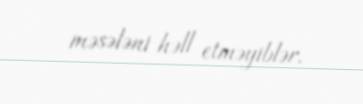
məsələni həll etməyiblər.